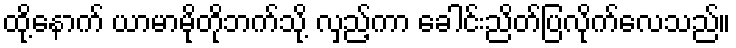
ထို့နောက် ယာမာမိုတိုဘက်သို့ လှည့်ကာ ခေါင်းညိတ်ပြလိုက်လေသည်။